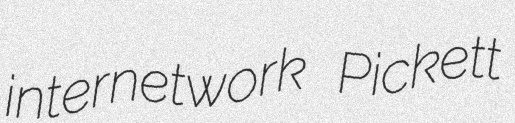
internetwork Pickett